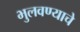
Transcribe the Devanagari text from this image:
भुलवण्याचे